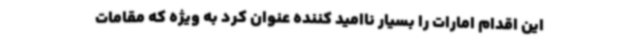
این اقدام امارات را بسیار ناامید کننده عنوان کرد به ویژه که مقامات